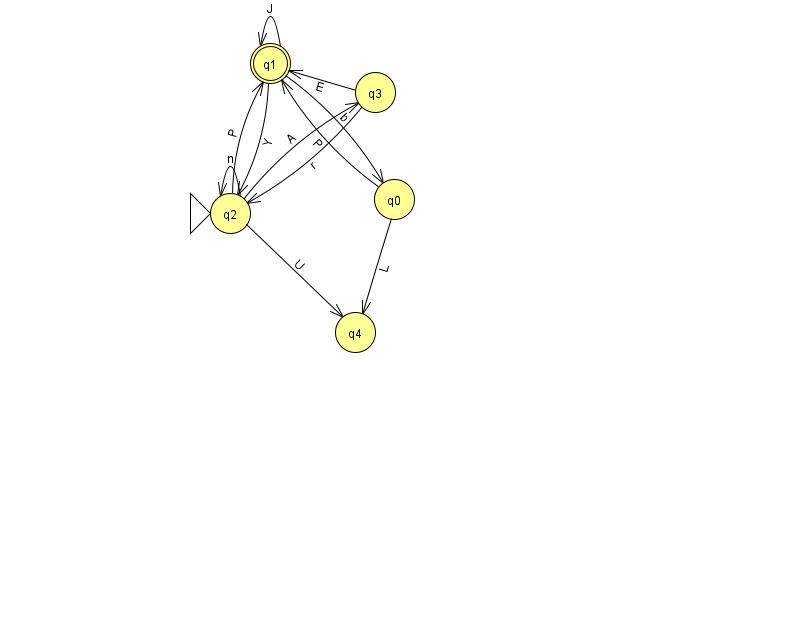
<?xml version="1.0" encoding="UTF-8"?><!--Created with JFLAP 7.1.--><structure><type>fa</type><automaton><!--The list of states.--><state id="0" name="q0"><x>394.0</x><y>186.0</y></state><state id="1" name="q1"><x>270.0</x><y>50.0</y><final/></state><state id="2" name="q2"><x>230.0</x><y>200.0</y><initial/></state><state id="3" name="q3"><x>375.0</x><y>79.0</y></state><state id="4" name="q4"><x>355.0</x><y>319.0</y></state><!--The list of transitions.--><transition><from>1</from><to>2</to><read>Y</read></transition><transition><from>2</from><to>4</to><read>U</read></transition><transition><from>3</from><to>1</to><read>E</read></transition><transition><from>2</from><to>3</to><read>A</read></transition><transition><from>0</from><to>4</to><read>L</read></transition><transition><from>1</from><to>1</to><read>J</read></transition><transition><from>2</from><to>1</to><read>P</read></transition><transition><from>3</from><to>2</to><read>r</read></transition><transition><from>1</from><to>0</to><read>b</read></transition><transition><from>2</from><to>2</to><read>n</read></transition><transition><from>0</from><to>1</to><read>P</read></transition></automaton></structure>